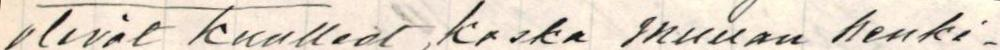
olivat kuulleet, koska muuan henki-